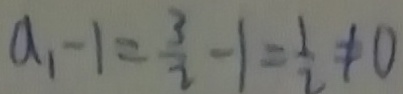
a _ { 1 } - 1 = \frac { 3 } { 2 } - 1 = \frac { 1 } { 2 } \neq 0